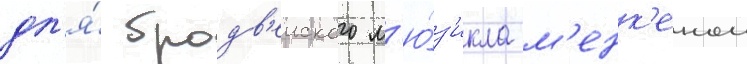
дл'я́ бродв'еиского м'ю́з'икла м'енк'еном